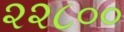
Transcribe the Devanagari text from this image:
२२८००